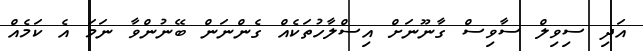
އަދި ސިވިލް ސާވިސް ގާނޫނަށް އިސްލާހުތަކެއް ގެންނަން ބޭނުންވާ ނަމަ އެ ކަމެއް